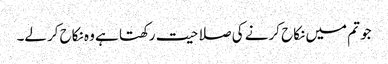
جو تم میں نکاح کرنے کی صلاحیت رکھتا ہے وہ نکاح کرلے۔